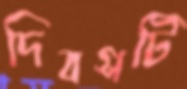
দিবসটি